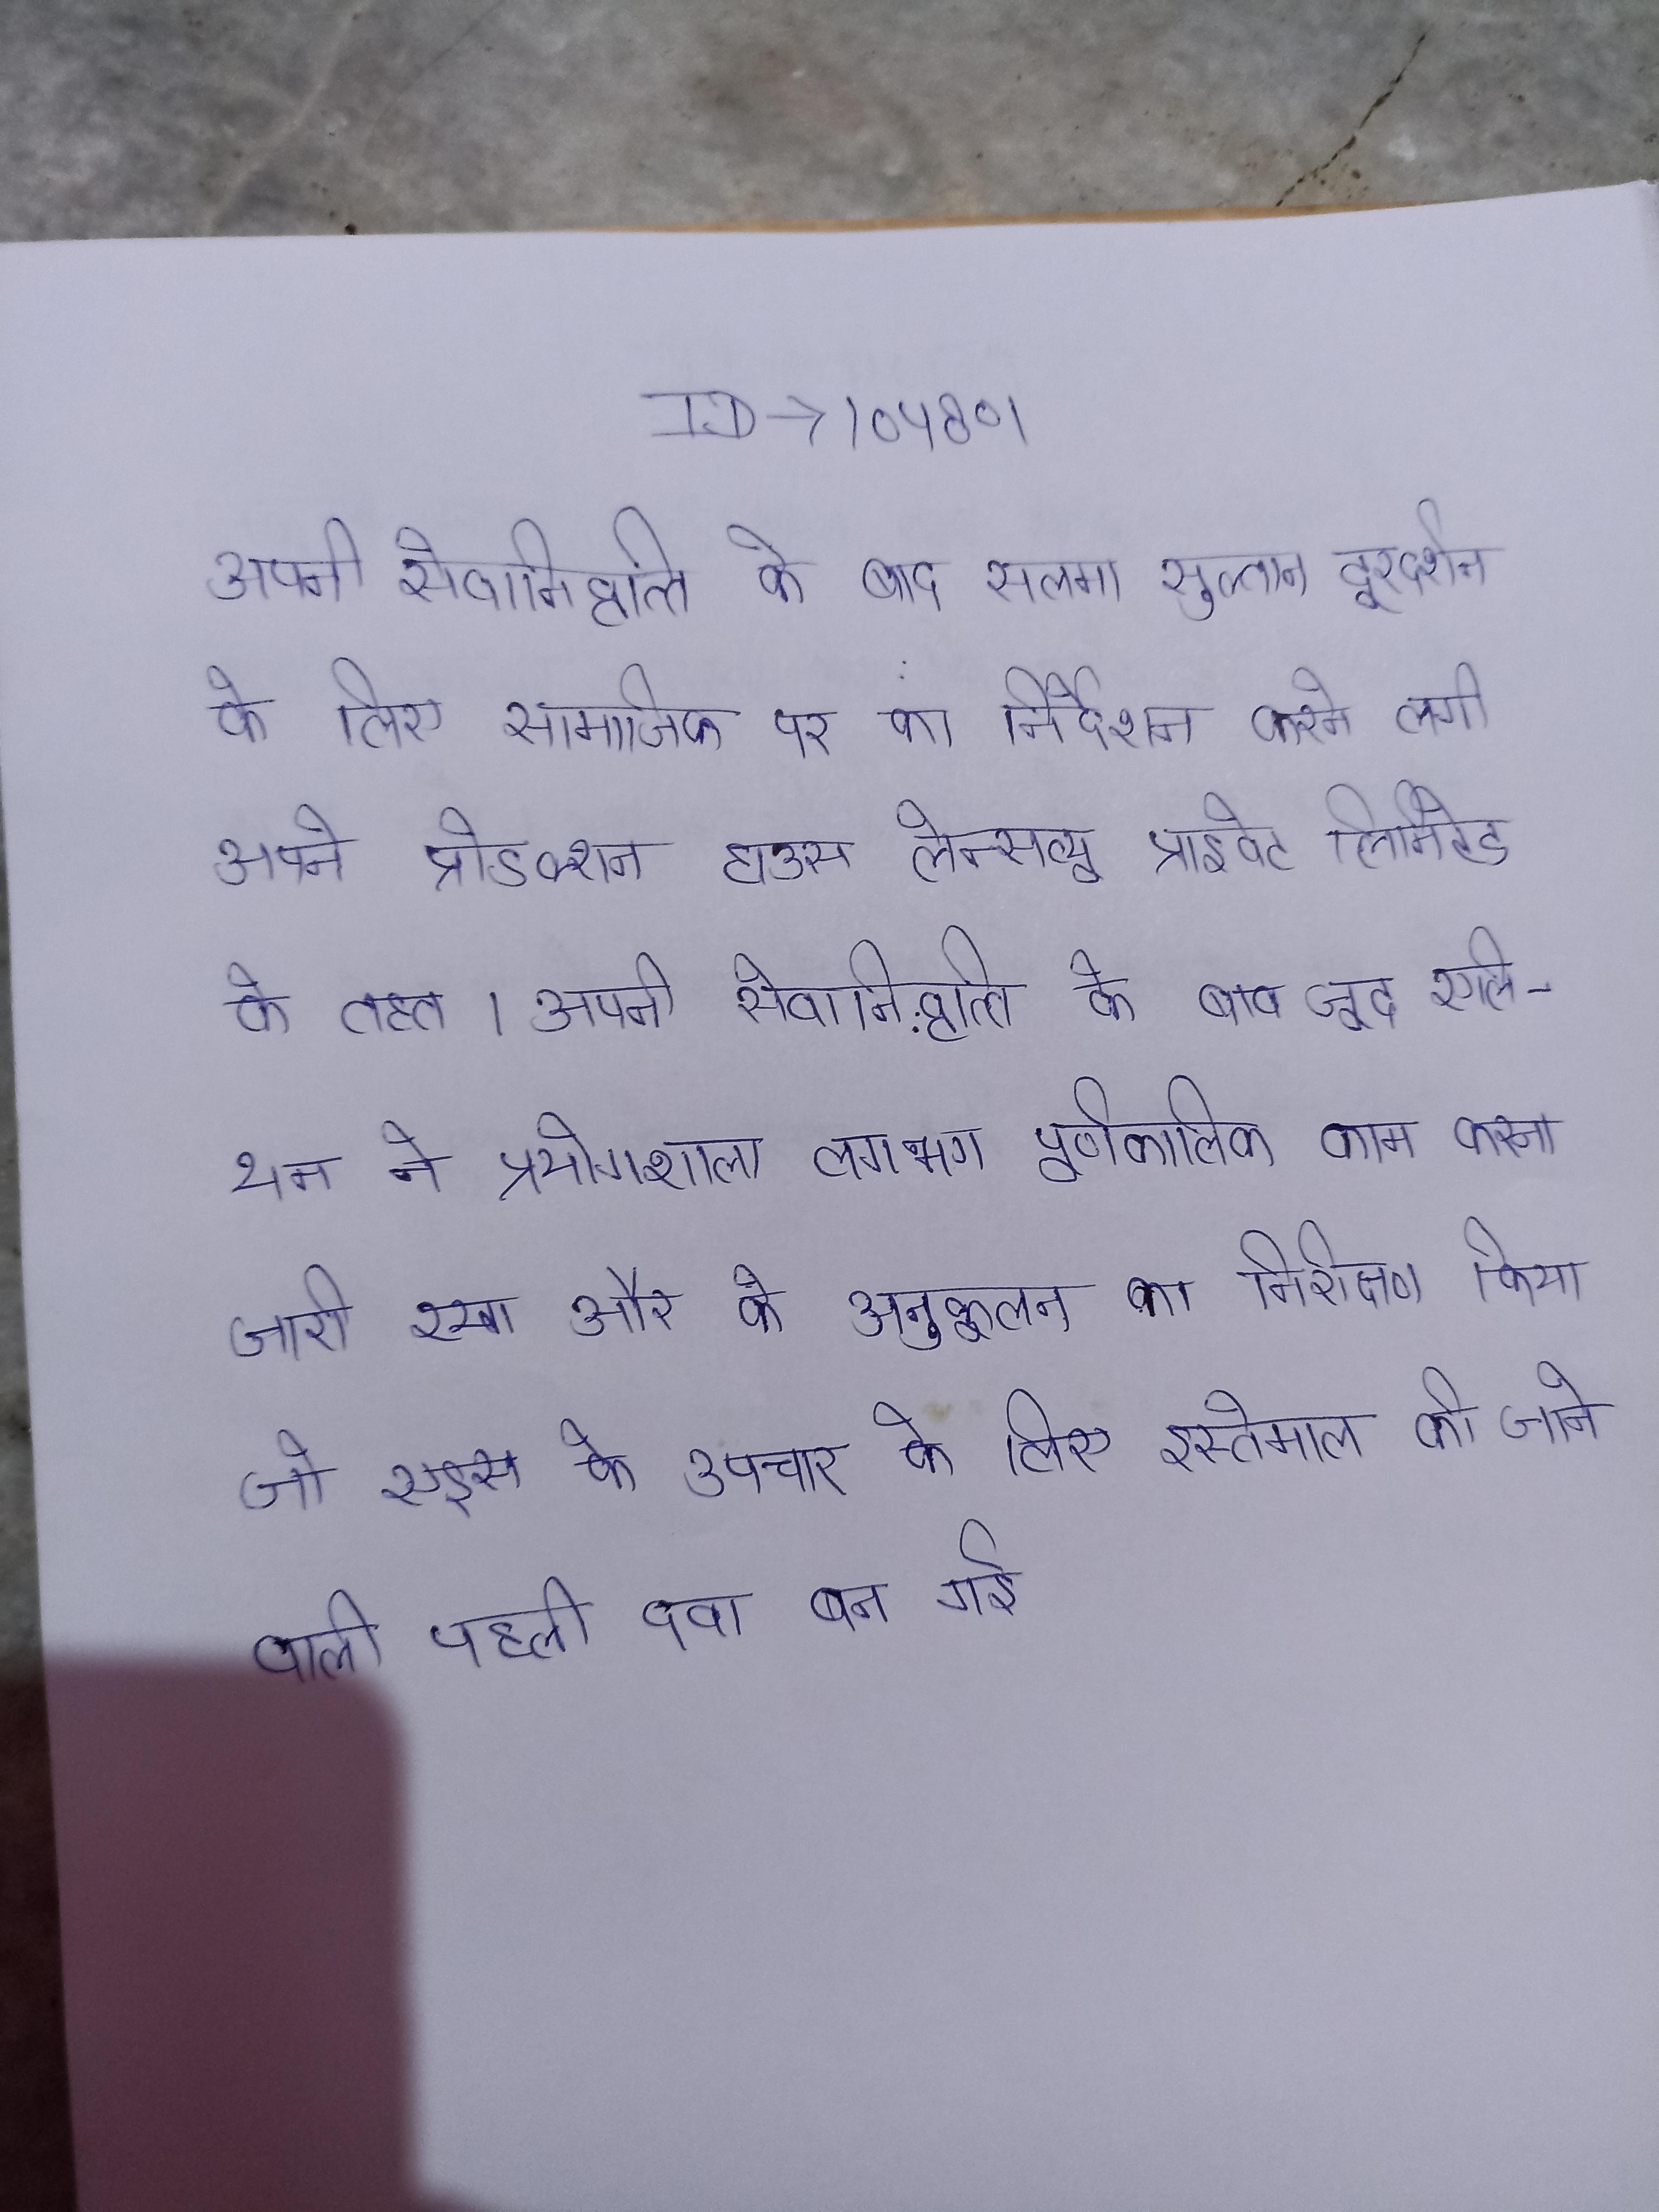
अपनी सेवानिवृत्ति के बाद, सलमा सुल्तान दूरदर्शन के लिए सामाजिक पर का निर्देशन करने लगी अपने प्रोडक्शन हाउस लेन्सव्यू प्राइवेट लिमिटेड के तहत । अपनी सेवानिवृत्ति के बावजूद, एलियन ने प्रयोगशाला लगभग पूर्णकालिक काम करना जारी रखा, और के अनुकूलन का निरीक्षण किया, जो एड्स के उपचार के लिए इस्तेमाल की जाने वाली पहली दवा बन गई ।